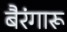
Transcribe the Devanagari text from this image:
बैरंगारू